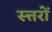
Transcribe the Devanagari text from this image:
स्त्तरों